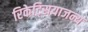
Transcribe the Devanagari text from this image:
रिकेट्सियाजन्य